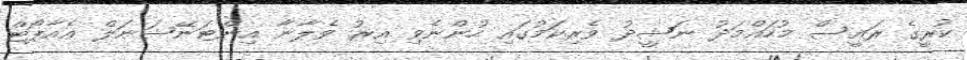
ކުރީގެ ރައީސް މުހައްމަދު ނަޝީދު ވެރިކަމުގައި ހުންނެވި އިރު ވެލާނާ އިންޓަނޭޝަނަލް އެއާޕޯޓް